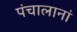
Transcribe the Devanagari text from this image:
पंचालानां